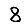
Digit: 8